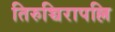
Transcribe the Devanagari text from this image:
तिरुच्चिरापल्लि